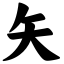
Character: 矢